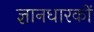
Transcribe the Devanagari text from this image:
ज्ञानधारकों